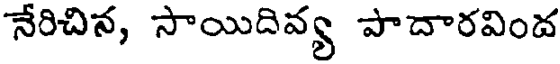
నేరిచిన, సాయిదివ్య పాదారవింద